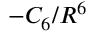
- C _ { 6 } / R ^ { 6 }